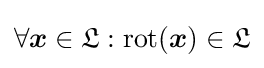
\forall {\boldsymbol {x}}\in {\mathfrak {L}}:\operatorname {rot} ({\boldsymbol {x}})\in {\mathfrak {L}}